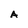
Character: A